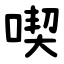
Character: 喫